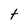
Character: t